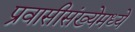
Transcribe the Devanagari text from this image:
प्रवासीसंख्येमध्ये